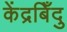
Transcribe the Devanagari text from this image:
केंद्रबिँदु